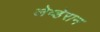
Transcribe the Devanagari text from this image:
लेव्हेरान